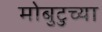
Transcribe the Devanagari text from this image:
मोबुटुच्या